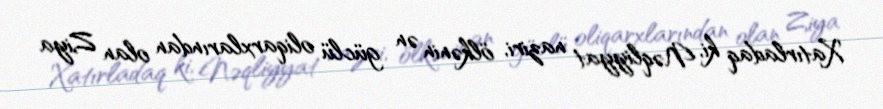
Xatırladaq ki, Nəqliyyat naziri, ölkənin ən güclü oliqarxlarından olan Ziya